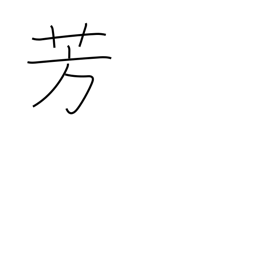
Meaning: balmy